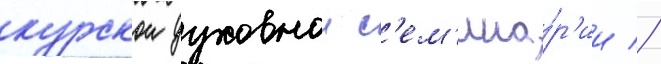
курскои духовнои с'ем'ина́р'ии //